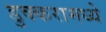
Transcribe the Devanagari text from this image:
डुक्करामध्ये